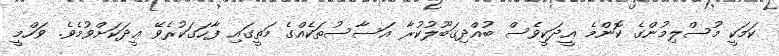
ކަމަކީ މުސްލިމުންގެ ކޮންމެ ޢީދަކީވެސް ބުއްދިޤަބޫލުކުރާ އަސާސުތަކެއްގެ މަތީގައި ފާހަގަކުރެވޭ ޢީދަކަށްވުމެވެ. ވަހްމީ